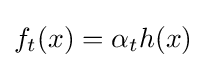
f_{t}(x)=\alpha _{t}h(x)